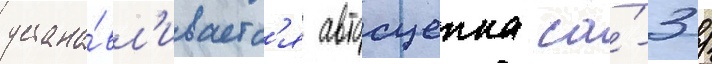
устана́вл'иваетс'я автосцепка са́-3 /